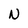
Character: N